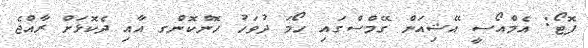
ފޮޓޯ: އެމްއޯސީ އޭޝިއަން ގޭމްސްގައި ހޯމަ ދުވަހު ހޮންކޮންގ އާއި ދެކޮޅަށް ރާއްޖެ